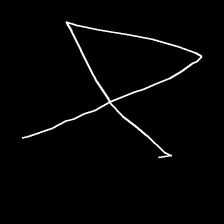
Glyph: collection